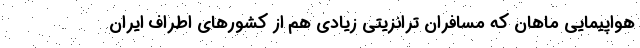
هواپیمایی ماهان که مسافران ترانزیتی زیادی هم از کشورهای اطراف ایران